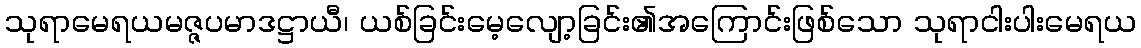
သုရာမေရယမဇ္ဇပမာဒဋ္ဌာယီ၊ ယစ်ခြင်းမေ့လျော့ခြင်း၏အကြောင်းဖြစ်သော သုရာငါးပါးမေရယ